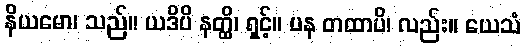
နိယမော၊ သည်။ ယဒိပိ နတ္ထိ၊ ရှင့်။ ပန တထာပိ၊ လည်း။ ယေသံ